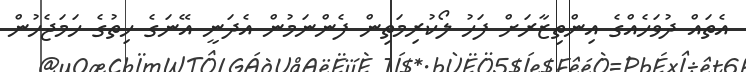
އެތައް ދުވަހެއްގެ އިންތިޒާރަށް ފަހު ލޯކުރިމަތިން ފެންނަމުން އެދަނީ އޭނަގެ ހިތުގެ ހަމަޖެހުން